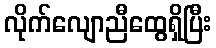
လိုက်လျောညီထွေရှိပြီး